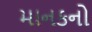
માનકનો